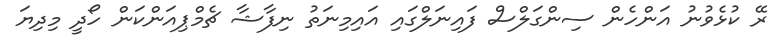
ރޭ ކުޅެވުނު އަންހެން ސިންގަލްސް ފައިނަލްގައި އައިމިނަތު ނިފާޝާ ޗެމްޕިއަންކަން ހޯދީ މިދިޔަ